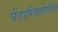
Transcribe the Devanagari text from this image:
पेंटाग्ज़िलेलीज़